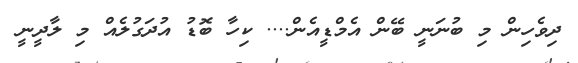
ދިވެހިން މި ބުނަނީ ބޭން އެމްޑީއެން.... ކިހާ ބޮޑު އުދަގުލެއް މި ލާދީނީ